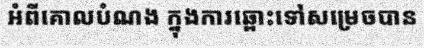
អំពីគោលបំណង ក្នុងការឆ្ពោះទៅសម្រេចបាន